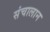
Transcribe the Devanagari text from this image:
संचालान